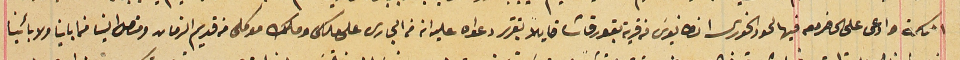
المحكمة وادعى على الحاضرين فيها لحود الخورى انطانيوسَ من قرية بقورقاشا قايلاً بتقرر دعواه عليه انه فى الجارى على ملكى وملك موكلى من قديم الزمان ومتصل الينا فما باين ولابأينا